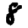
Digit: 8